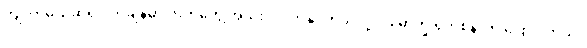
ကျလာမယ်ဆိုရင် တချိန်မှာ လက်တွေ့ အသုံးဝင်လာနိုင်တယ်လို့ ပါမောက္ခ ရိုက်စနာက ပြောပါတယ်။